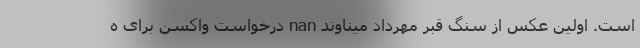
است. اولین عکس از سنگ قبر مهرداد میناوند nan درخواست واکسن برای ه